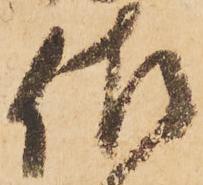
佐